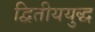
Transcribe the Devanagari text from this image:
द्वितीययुद्ध